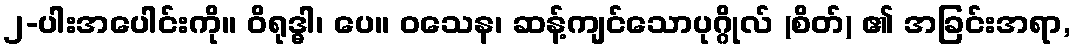
၂-ပါးအပေါင်းကို။ ဝိရုဒ္ဓါ၊ ပေ။ ဝသေန၊ ဆန့်ကျင်သောပုဂ္ဂိုလ် (စိတ်) ၏ အခြင်းအရာ,